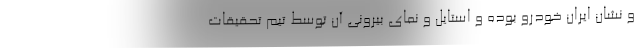
و نشان ایران خودرو بوده و استایل و نمای بیرونی آن توسط تیم تحقیقات